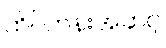
ထိပ်တန်းအဆင့်